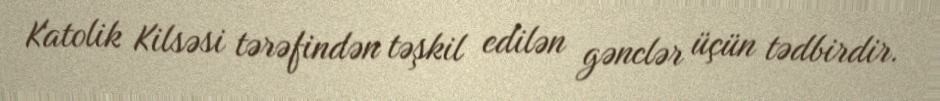
Katolik Kilsəsi tərəfindən təşkil edilən gənclər üçün tədbirdir.